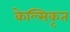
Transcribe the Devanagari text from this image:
केल्सिकृत